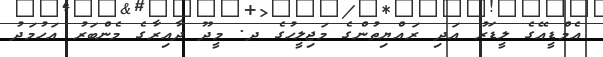
އެމްޑީއޭގެ ލީޑަރު އަދި ރައްޔިތުންގެ މަޖިލީހުގެ ދ. މީދޫ ދާއިރާގެ މެންބަރު އަހުމަދު